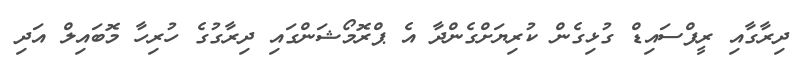
ދިރާގާއި ރީފްސައިޑް ގުޅިގެން ކުރިޔަށްގެންދާ އެ ޕްރޮމޯޝަންގައި ދިރާގުގެ ހުރިހާ މޮބައިލް އަދި